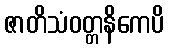
ဇာတိသံဝတ္တနိကေပိ